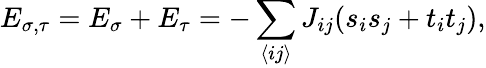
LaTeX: E_{\sigma,\tau}=E_{\sigma}+E_{\tau}=-\sum_{\langle ij\rangle}J_{ij}(s_{i}s_{j}+t_{i}t_{j}),